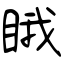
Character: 睋